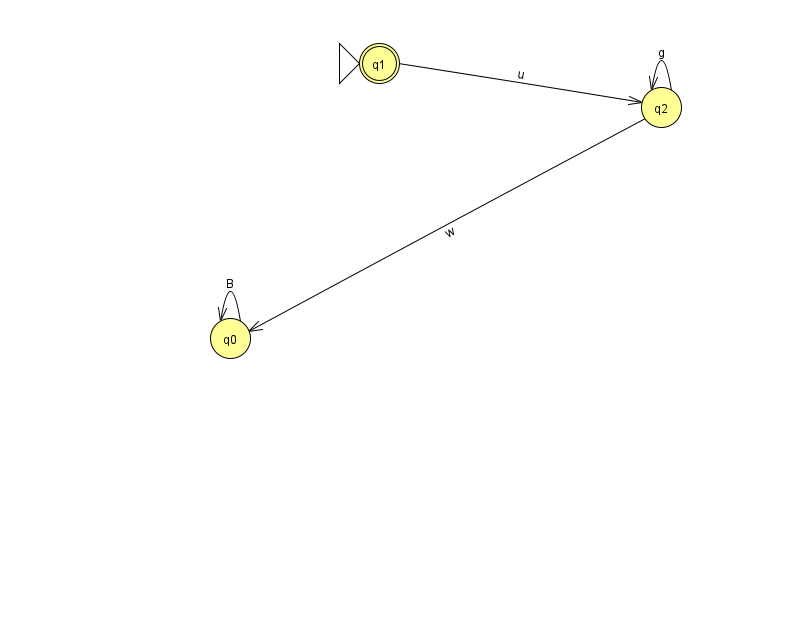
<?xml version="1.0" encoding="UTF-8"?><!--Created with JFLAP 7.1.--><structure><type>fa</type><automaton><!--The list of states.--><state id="0" name="q0"><x>230.0</x><y>325.0</y></state><state id="1" name="q1"><x>379.0</x><y>50.0</y><initial/><final/></state><state id="2" name="q2"><x>661.0</x><y>94.0</y></state><!--The list of transitions.--><transition><from>0</from><to>0</to><read>B</read></transition><transition><from>2</from><to>0</to><read>w</read></transition><transition><from>1</from><to>2</to><read>u</read></transition><transition><from>2</from><to>2</to><read>g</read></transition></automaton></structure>